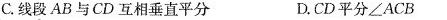
C.线段AB与CD互相垂直平分 D.CD平分∠ACB